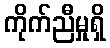
ကိုက်ညီမှုရှိ